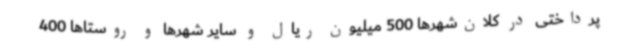
پرداختی در کلان‌شهرها 500 میلیون ریال و سایر شهرها و روستاها 400